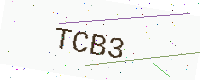
Text: TCB3